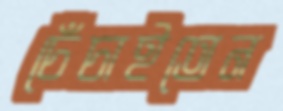
চেঁচাইতেন